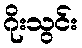
ဂိုးသွင်း